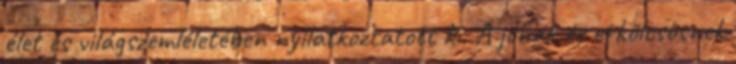
élet és világszemléletében nyilatkoztatott ki. A jónak és erkölcsösnek